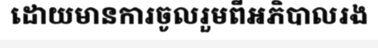
ដោយមានការចូលរួមពីអភិបាលរង